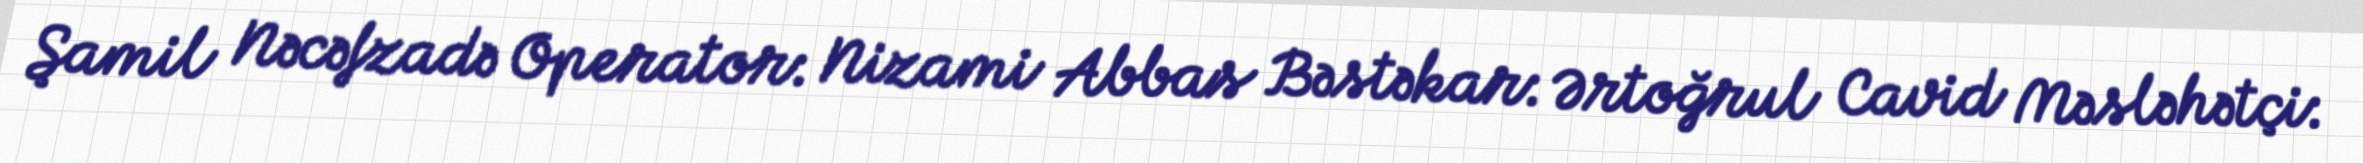
Şamil Nəcəfzadə Operator: Nizami Abbas Bəstəkar: Ərtoğrul Cavid Məsləhətçi: